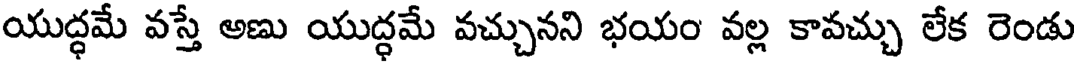
యుద్ధమే వస్తే అణు యుద్ధమే వచ్చునని భయం వల్ల కావచ్చు లేక రెండు